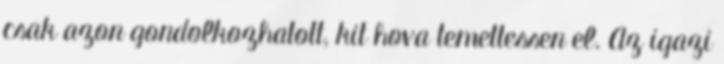
csak azon gondolkozhatott, kit hova temettessen el. Az igazi